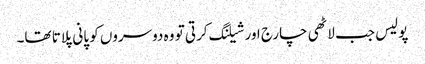
پولیس جب لاٹھی چارج اور شیلنگ کرتی تو وہ دوسروں کو پانی پلاتا تھا۔